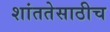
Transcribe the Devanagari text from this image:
शांततेसाठीच